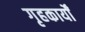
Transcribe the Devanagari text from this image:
गृहकार्यों